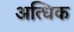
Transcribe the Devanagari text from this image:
अत्धिक